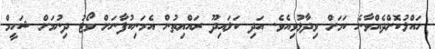
ހައްލުކޮށްދެއްވާނެ ކަމަށް ވިދާޅުވިއެވެ. އަދި ކަލައިދޫ ރައްޔިތުން އެމަނިކުފާނަށް ވޯޓު ދިނުމަށް ޝަހީމް